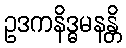
ဥဒကနိဒ္ဓမနန္တိ